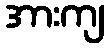
အားကျ